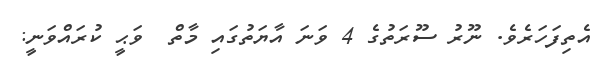
އެތިފަހަރެވެ. ނޫރު ސޫރަތުގެ 4 ވަނަ އާޔަތުގައި މާތް  ވަޙީ ކުރައްވަނީ: